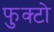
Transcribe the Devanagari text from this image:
फुक्टो